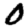
Digit: 0